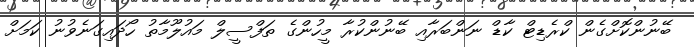
ބޭނުންކޮށްގެން ކްރެޑިޓް ކާޑް ނަންބަރާއި ބޭނުންކުރާ މީހުންގެ ތަފްސީލް މައުލޫމާތު ހޯދައިގަނެވުނު ކަމަށް